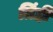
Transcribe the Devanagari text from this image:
तिंही